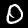
Label: 0